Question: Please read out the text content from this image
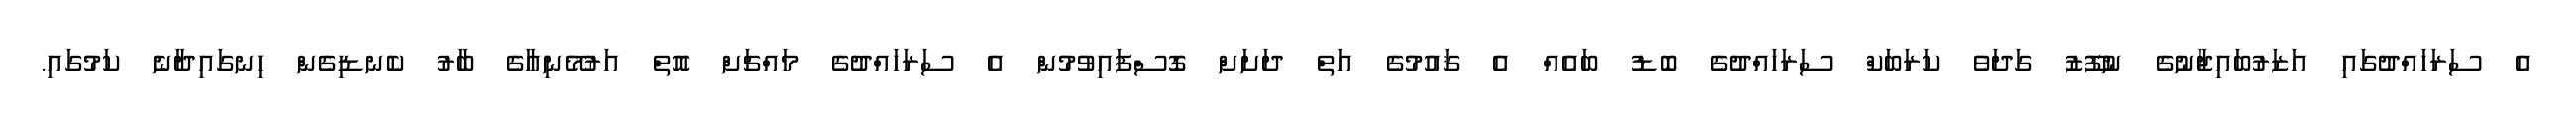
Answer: އެ ސަރަހައްދުގައި އަޒަރުބައިޖާނުގެ ނުފޫޒު ގަދަވެ ކަރަބަކް ސަރަހައްދުގެ ބޮޑު ބައެއް އެ ޤައުމުގެ އަތް ދަށަށް ގޮސްފައިވުމުން އެ ސަރަހައްދުގެ މައްޗަށް އޮތް އަރުމޭނިއާގެ ބާރު ކެނޑިގެން ހިނގައިދާނެ ކަމުގައި.